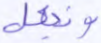
ونجعل